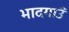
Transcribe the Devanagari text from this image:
भादगाउँ